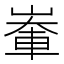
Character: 輋